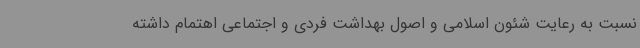
نسبت به رعایت شئون اسلامی و اصول بهداشت فردی و اجتماعی اهتمام داشته